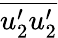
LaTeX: \overline{{u_{2}^{\prime}u_{2}^{\prime}}}